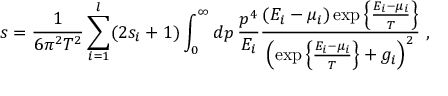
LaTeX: s = { \frac { 1 } { 6 \pi ^ { 2 } T ^ { 2 } } } \sum _ { i = 1 } ^ { l } ( 2 s _ { i } + 1 ) \int _ { 0 } ^ { \infty } d p \, { \frac { p ^ { 4 } } { E _ { i } } } { \frac { ( E _ { i } - \mu _ { i } ) \exp \left\{ { \frac { E _ { i } - \mu _ { i } } { T } } \right\} } { \left( \exp \left\{ { \frac { E _ { i } - \mu _ { i } } { T } } \right\} + g _ { i } \right) ^ { 2 } } } \ ,